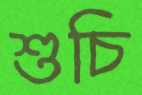
শুচি